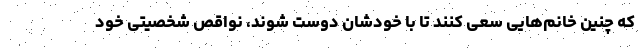
که چنین خانم‌هایی سعی کنند تا با خودشان دوست شوند، نواقص شخصیتی خود